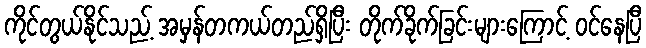
ကိုင်တွယ်နိုင်သည့် အမှန်တကယ်တည်ရှိပြီး တိုက်ခိုက်ခြင်းများကြောင့် ဝင်နေပြီ